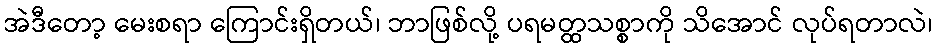
အဲဒီတော့ မေးစရာ ကြောင်းရှိတယ်၊ ဘာဖြစ်လို့ ပရမတ္ထသစ္စာကို သိအောင် လုပ်ရတာလဲ၊